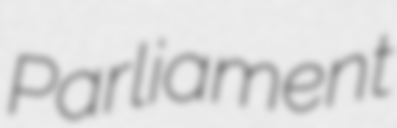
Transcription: Parliament